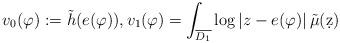
LaTeX: \begin{align*}v_{0}(\varphi):=\tilde{h}(e(\varphi)), v_{1}(\varphi)=\int_{\overline{D_1}}\log{|z-e(\varphi)|}\, \tilde{\mu}(\d z)\end{align*}